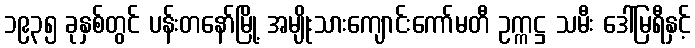
၁၉၃၅ ခုနှစ်တွင် ပန်းတနော်မြို့ အမျိုးသားကျောင်းကော်မတီ ဥက္ကဋ္ဌ သမီး ဒေါ်မြရီနှင့်